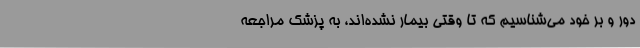
دور و بر خود می‌شناسیم که تا وقتی بیمار نشده‌اند، به پزشک مراجعه